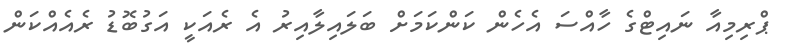
ޕްރިމިއާ ނައިޓްގެ ހާއްސަ އެހެން ކަންކަމަށް ބަލައިލާއިރު އެ ރެއަކީ އަގުބޮޑު ރެއެއްކަން